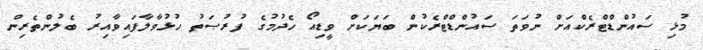
މުޅި ސައުންޑްޓްރެކްއަށް ނުވަތަ ސައުންޑްޓްރެކުން ބަޔަކަށް ވީޑިއޯ ހެދުމުގެ ފުރުޞަތު ހުޅުވާލާފައިވާއިރު ބެލުންތެރިން